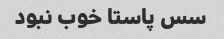
سس پاستا خوب نبود